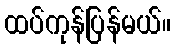
ထပ်ကုန်ပြန်မယ်။